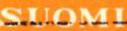
SUOMI